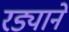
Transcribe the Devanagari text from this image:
रड्याने